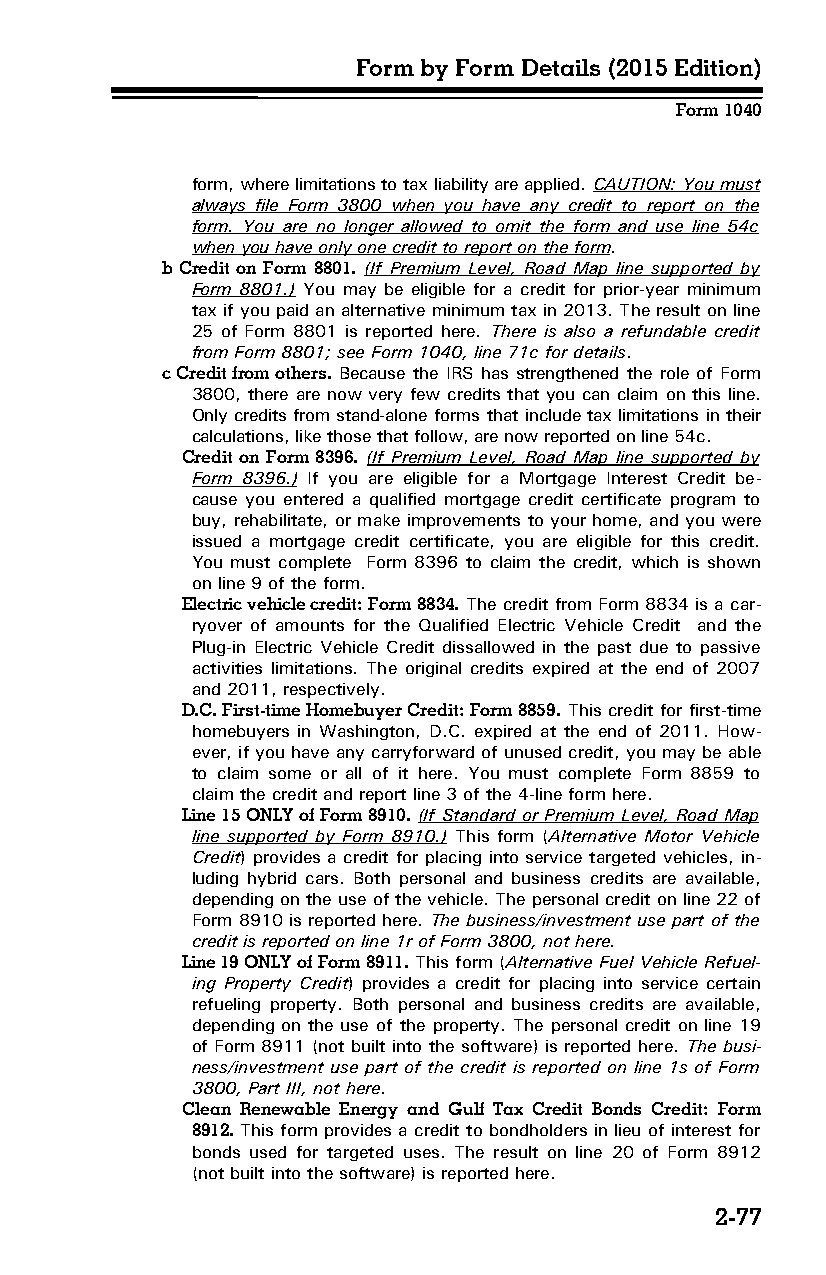
Form by Form Details (2015 Edition)
 Form 1040
 form, where limitations to tax liability are applied. CAUTION: You must
 always file Form 3800 when you have any credit to report on the
 form. You are no longer allowed to omit the form and use line 54c
 when you have only one credit to report on the form.
 b Credit on Form 8801. (If Premium Level, Road Map line supported by
 Form 8801.) You may be eligible for a credit for prior-year minimum
 tax if you paid an alternative minimum tax in 2013. The result on line
 25 of Form 8801 is reported here. There is also a refundable credit
 from Form 8801; see Form 1040, line 71c for details.
 c Credit from others. Because the IRS has strengthened the role of Form
 3800, there are now very few credits that you can claim on this line.
 Only credits from stand-alone forms that include tax limitations in their
 calculations, like those that follow, are now reported on line 54c.
 Credit on Form 8396. (If Premium Level, Road Map line supported by
 Form 8396.) If you are eligible for a Mortgage Interest Credit be­
 cause you entered a qualified mortgage credit certificate program to
 buy, rehabilitate, or make improvements to your home, and you were
 issued a mortgage credit certificate, you are eligible for this credit.
 You must complete Form 8396 to claim the credit, which is shown
 on line 9 of the form.
 Electric vehicle credit: Form 8834. The credit from Form 8834 is a car­
 ryover of amounts for the Qualified Electric Vehicle Credit and the
 Plug-in Electric Vehicle Credit dissallowed in the past due to passive
 activities limitations. The original credits expired at the end of 2007
 and 2011, respectively.
 D.C. First-time Homebuyer Credit: Form 8859. This credit for first-time
 homebuyers in Washington, D.C. expired at the end of 2011. How­
 ever, if you have any carryforward of unused credit, you may be able
 to claim some or all of it here. You must complete Form 8859 to
 claim the credit and report line 3 of the 4-line form here.
 Line 15 ONLY of Form 8910. (If Standard or Premium Level, Road Map
 line supported by Form 8910.) This form (Alternative Motor Vehicle
 Credit) provides a credit for placing into service targeted vehicles, in­
 luding hybrid cars. Both personal and business credits are available,
 depending on the use of the vehicle. The personal credit on line 22 of
 Form 8910 is reported here. The business/investment use part of the
 credit is reported on line 1r of Form 3800, not here.
 Line 19 ONLY of Form 8911. This form (Alternative Fuel Vehicle Refuel­
 ing Property Credit) provides a credit for placing into service certain
 refueling property. Both personal and business credits are available,
 depending on the use of the property. The personal credit on line 19
 of Form 8911 (not built into the software) is reported here. The busi­
 ness/investment use part of the credit is reported on line 1s of Form
 3800, Part III, not here.
 Clean Renewable Energy and Gulf Tax Credit Bonds Credit: Form
 8912. This form provides a credit to bondholders in lieu of interest for
 bonds used for targeted uses. The result on line 20 of Form 8912
 (not built into the software) is reported here.
 2-77